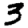
Digit: 3